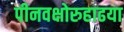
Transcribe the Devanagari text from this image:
पीनवक्षोरुहाढया